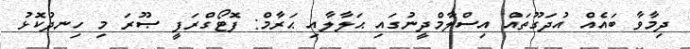
ދިމާވާ ބައެއް އުދަގޫތައް އިސްލާމްދީނުގައި ޙަލާލާއި ޙަރާމް: ފޮޓޯގްރަފީ ޞޫރަ މި ހިނދުކޮޅު